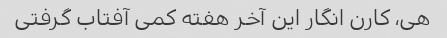
هی، کارن انگار این آخر هفته کمی آفتاب گرفتی